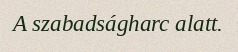
A szabadságharc alatt.